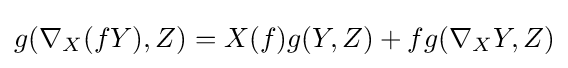
g(\nabla _{X}(fY),Z)=X(f)g(Y,Z)+fg(\nabla _{X}Y,Z)